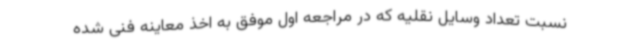
نسبت تعداد وسایل نقلیه که در مراجعه اول موفق به اخذ معاینه فنی شده